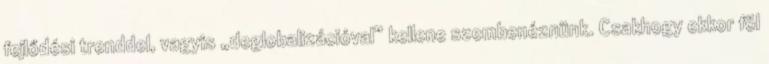
fejlődési trenddel, vagyis „deglobalizációval” kellene szembenéznünk. Csakhogy ekkor föl